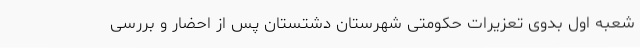
شعبه اول بدوی تعزیرات حکومتی شهرستان دشتستان پس از احضار و بررسی